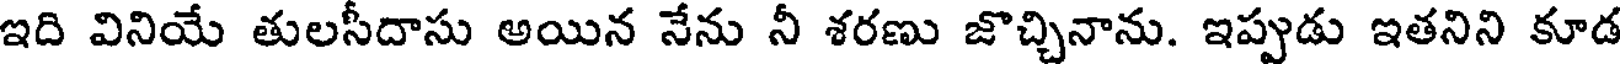
ఇది వినియే తులసీదాసు అయిన నేను నీ శరణు జొచ్చినాను. ఇప్పుడు ఇతనిని కూడ